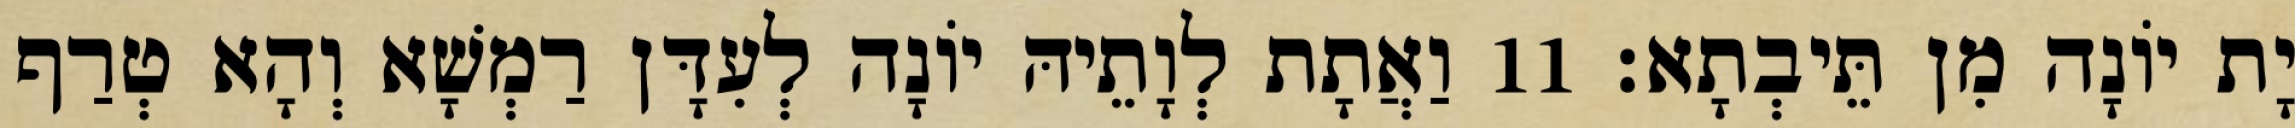
יָת יוֹנָה מִן תֵּיבְתָא׃ 11 וַאֲתָת לְוָתֵיהּ יוֹנָה לְעִדָּן רַמְשָׁא וְהָא טְרַף